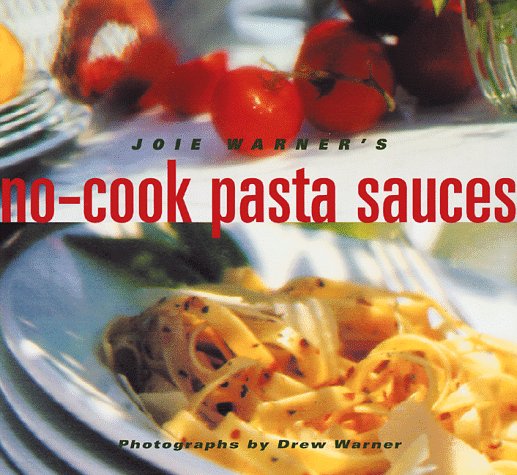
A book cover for Joie Warner's No-Cook Pasta Sauces; Joie Warner; Cookbooks, Food & Wine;